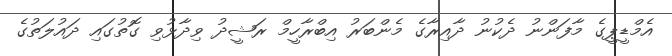
އެމްޑީޕީގެ މާފަންނު ދެކުނު ދާއިރާގެ މެންބަރު އިބްރާހީމް ރަޝީދު ވިދާޅުވި ގޮތުގައި ދައުލަތުގެ